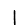
Digit: 1